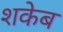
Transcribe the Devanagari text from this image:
शकेब